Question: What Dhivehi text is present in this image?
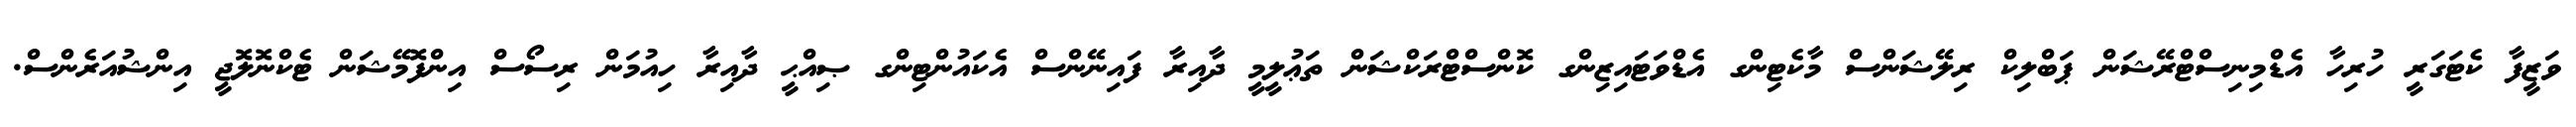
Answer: ވަޒީފާ ކެޓަގަރީ ހުރިހާ އެޑްމިނިސްޓްރޭޝަން ޕަބްލިކް ރިލޭޝަންސް މާކެޓިންގ އެޑްވަޓައިޒިންގ ކޮންސްޓްރަކްޝަން ތަޢުލީމީ ދާއިރާ ފައިނޭންސް އެކައުންޓިންގ ޞިއްޙީ ދާއިރާ ހިއުމަން ރިސޯސް އިންފޮމޭޝަން ޓެކްނޮލޮޖީ އިންޝުއަރެންސް.